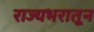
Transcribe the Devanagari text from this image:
राज्यभरातून